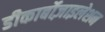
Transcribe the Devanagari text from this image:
डीकार्बोज़ाइलेशन